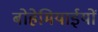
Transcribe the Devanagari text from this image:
बोहेमियाईयों